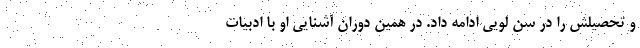
و تحصیلش را در سن لویی ادامه داد. در همین دوران آشنایی او با ادبیات